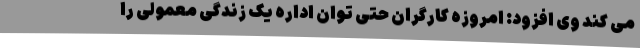
می کند وی افزود: امروزه کارگران حتی توان اداره یک زندگی معمولی را